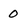
Character: 0